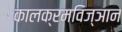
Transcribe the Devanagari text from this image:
कालक्रमविज्ञान